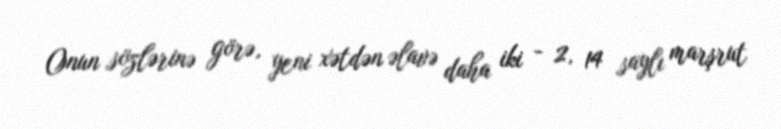
Onun sözlərinə görə, yeni xətdən əlavə daha iki - 2, 14 saylı marşrut